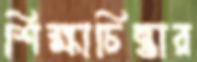
শিক্ষাচিন্তার